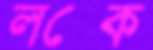
লক্কে